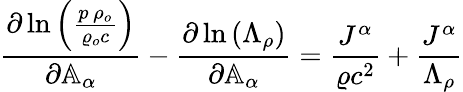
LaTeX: \frac{\partial\ln{\left(\frac{p\, \rho_{o}}{\varrho_{o}c}\right)}}{\partial\mathbb{A}_{\alpha}}-\frac{\partial\ln{\left(\Lambda_{\rho}\right)}}{\partial\mathbb{A}_{\alpha}}=\frac{J^{\alpha}}{\varrho c^{2}}+\frac{J^{\alpha}}{\Lambda_{\rho}}